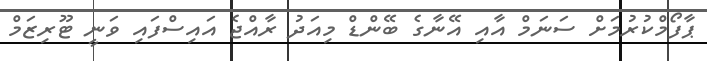
ޕާފޯމްކުރުމަށް ސަނަމް އާއި އޭނާގެ ބޭންޑް މިއަދު ރާއްޖެ އައިސްފައި ވަނީ ޓޫރިޒަމް